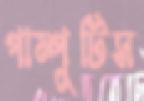
পাম্পুটিস